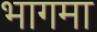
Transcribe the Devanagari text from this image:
भागमा